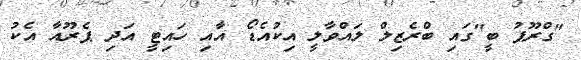
"ގްރޫޕު ބީ"ގައި ބްރެޒިލް ލައްވާލީ އިކުއެޑޯ އާއި ހައިޓީ އަދި ޕެރޫއާ އެކު